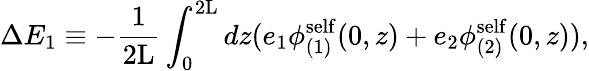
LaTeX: \Delta E_{1}\equiv-\frac{1}{2\mathrm{L}}\int_{0}^{2\mathrm{L}}dz(e_{1}{\phi}_{(1)}^{\mathrm{self}}(0,z)+e_{2}{\phi}_{(2)}^{\mathrm{self}}(0,z)),